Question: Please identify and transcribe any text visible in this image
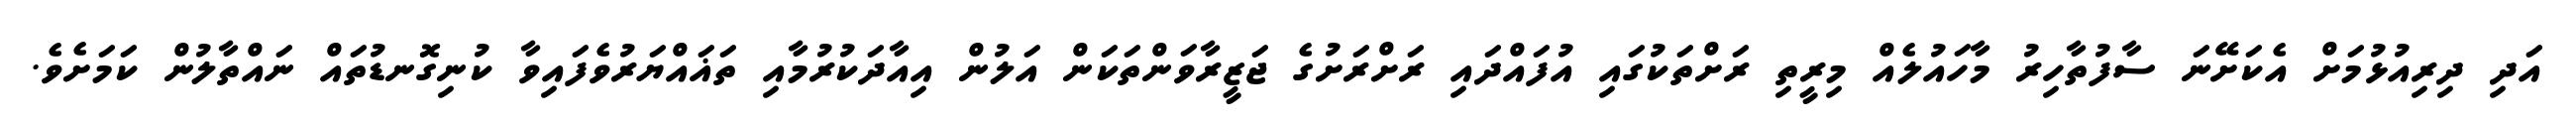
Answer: އަދި ދިރިއުޅުމަށް އެކަށޭނަ ސާފުތާހިރު މާހައުލެއް މިރީތި ރަށްތަކުގައި އުފައްދައި ރަށްރަށުގެ ޖަޒީރާވަންތަކަން އަލުން އިއާދަކުރުމާއި ތަޣައްޔަރުވެފައިވާ ކުނިގޮނޑުތައް ނައްތާލުން ކަމަށެވެ.